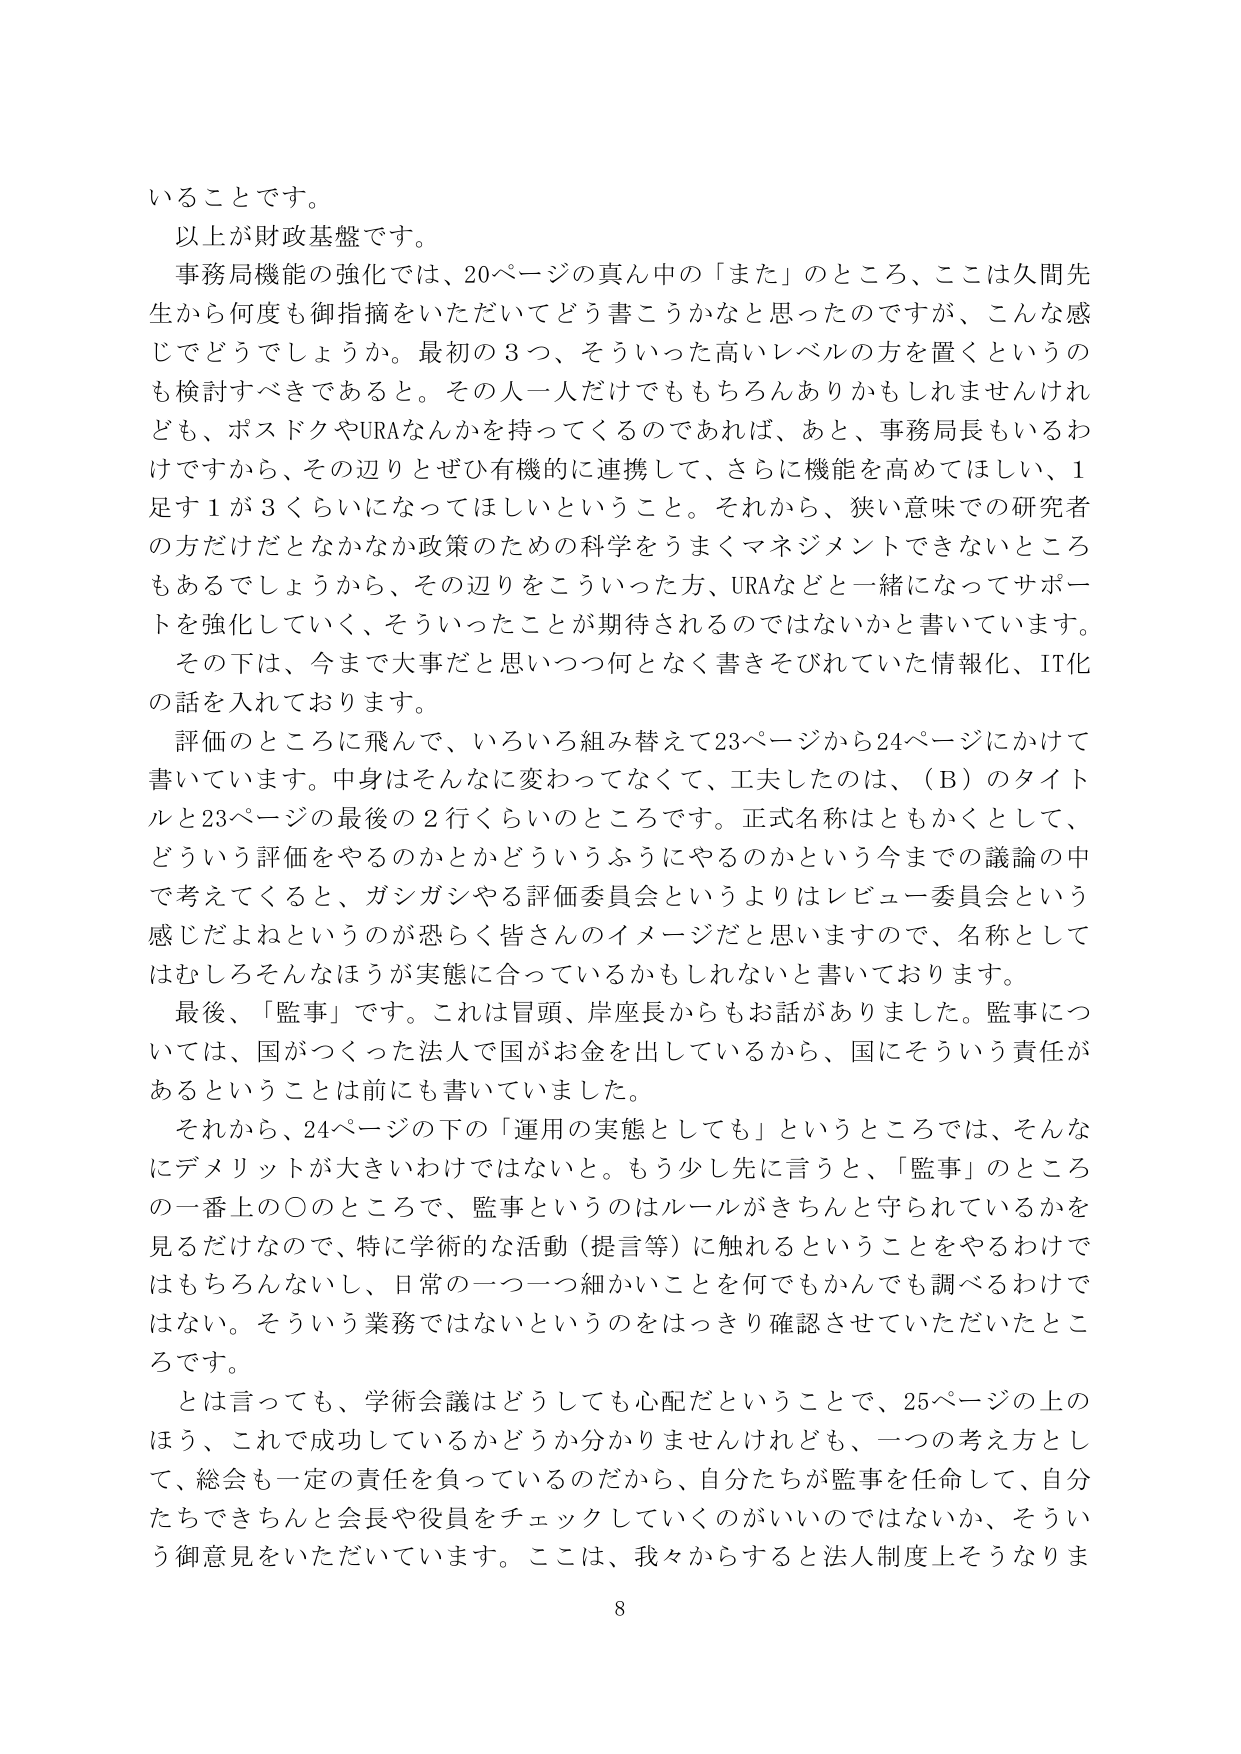
いることです。
以上が財政基盤です。
事務局機能の強化では、20ページの真ん中の「また」のところ、ここは久間先生から何度も御指摘をいただいてどう書こうかなと思ったのですが、こんな感じでどうでしょうか。最初の3つ、そういった高いレベルの方を置くというのも検討すべきであると。その人一人だけでももちろんありかもしれませんけれども、ポスドクやURAなんかを持ってくるのであれば、あと、事務局長もいるわけですから、その辺りとぜひ有機的に連携して、さらに機能を高めてほしい、1足す1が3くらいになってほしいということ。それから、狭い意味での研究者の方だけだとなかなか政策のための科学をうまくマネジメントできないところもあるでしょうから、その辺りをこういった方、URAなどと一緒になってサポートを強化していく、そういったことが期待されるのではないかと書いています。
その下は、今まで大事だと思いつつ何となく書きそびれていた情報化、IT化の話を入れております。
評価のところに飛んで、いろいろ組み替えて23ページから24ページにかけて書いています。中身はそんなに変わってなくて、工夫したのは、（B）のタイトルと23ページの最後の2行くらいのところです。正式名称はともかくとして、どういう評価をやるのかとかどういうふうにやるのかという今までの議論の中で考えてくると、ガシガシやる評価委員会というよりはレビュー委員会という感じだよねというのが恐らく皆さんのイメージだと思いますので、名称としてはむしろそんなほうが実態に合っているかもしれないと書いております。
最後、「監事」です。これは冒頭、岸座長からもお話がありました。監事については、国がつくった法人で国がお金を出しているから、国にそういう責任があるということは前にも書いていました。
それから、24ページの下の「運用の実態としても」というところでは、そんなにデメリットが大きいわけではないと。もう少し先に言うと、「監事」のところの一番上の〇のところで、監事というのはルールがきちんと守られているかを見るだけなので、特に学術的な活動（提言等）に触れるということをやるわけでももちろんないし、日常の一つ一つ細かいことを何でもかんでも調べるわけではない。そういう業務ではないというのをはっきり確認させていただいたところです。
とは言っても、学術会議はどうしても心配だということで、25ページの上のほう、これで成功しているかどうか分かりませんけれども、一つの考え方として、総会も一定の責任を負っているのだから、自分たちが監事を任命して、自分たちできちんと会長や役員をチェックしていくのがいいのではないか、そういう御意見をいただいています。ここは、我々からすると法人制度上そうなりま
8